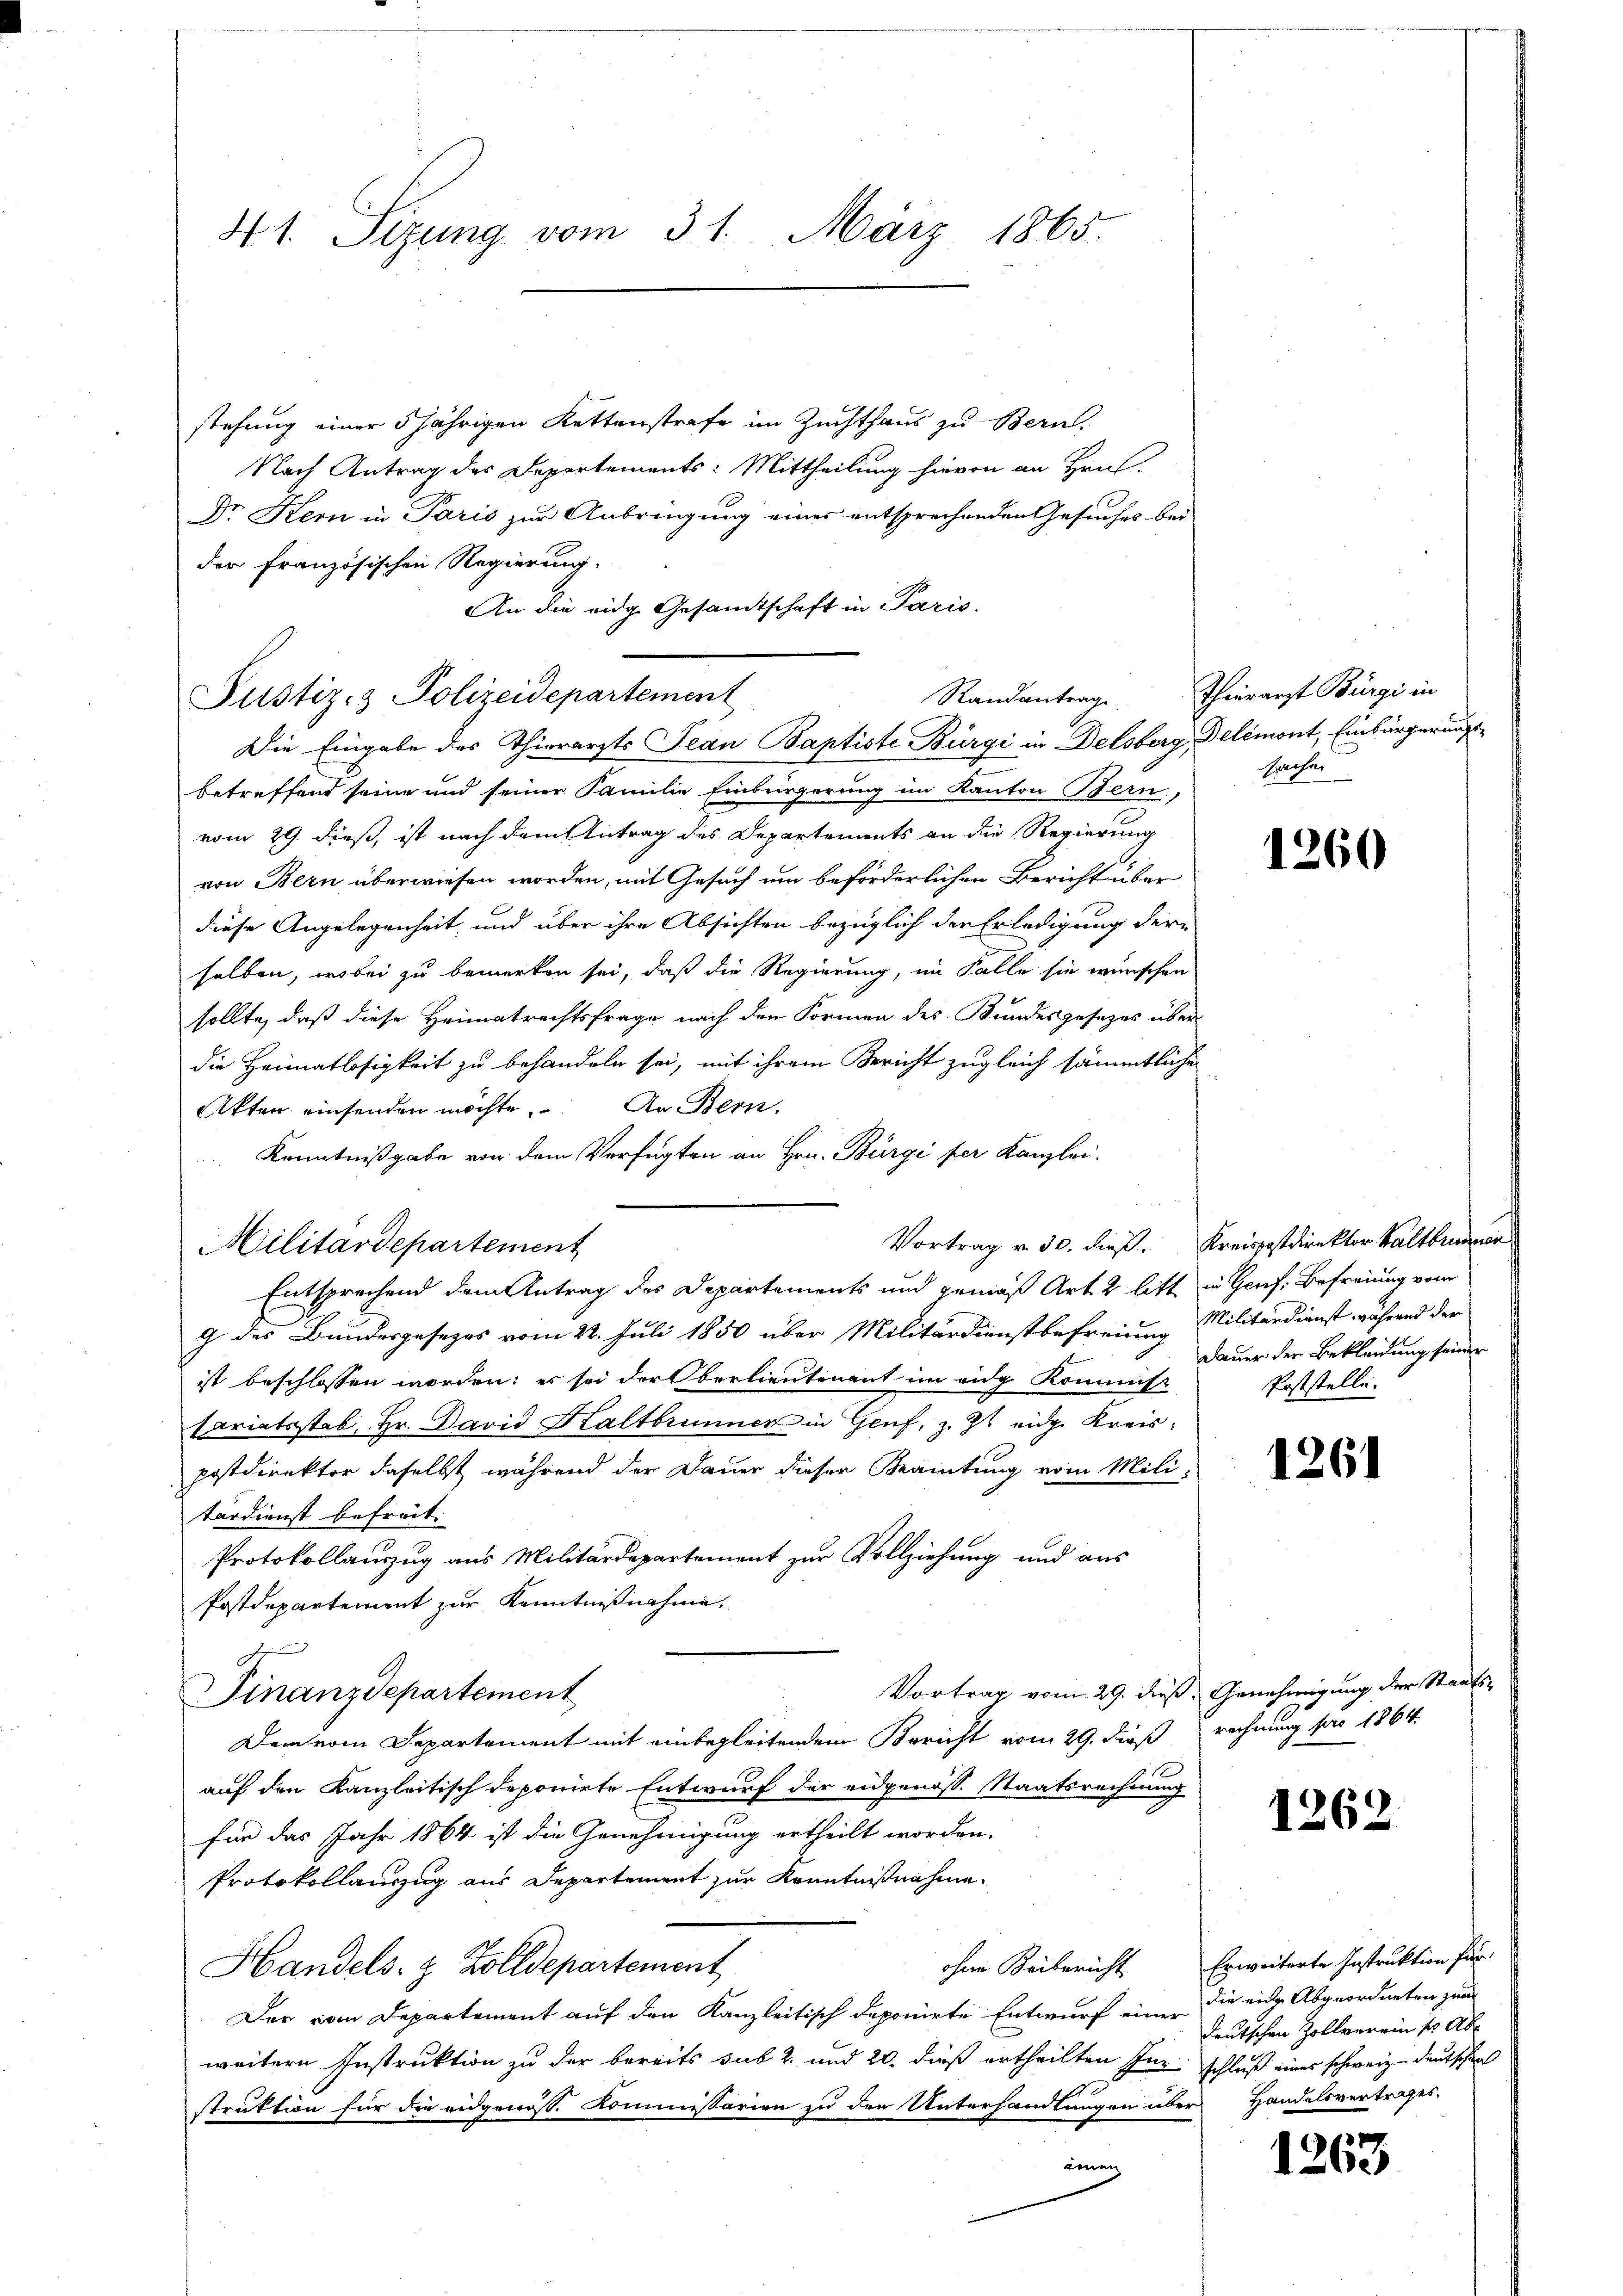
41. Sizung vom 31. März 1865.

stehung einer 5 jährigen Kettenstrafe im Zuchthaus zu Bern,
Nach Antrag des Departements: Mittheilung hievon an Hrn.
Dr Kern in Paris zur Anbringung eines entsprechenden Gesuches bei
der französischen Regierung.
An die eidge Gesandtschaft in Paris.

Justiz- & Polizeidepartement
Randantrag
Die Eingabe des Thierarzts Jean Baptiste Bürgi in Delsberg, Delémont, Einbürgerungs¬

Militärdepartement

betreffend seine und seiner Familie Einbürgerung im Kanton Bern,
vom 29. dieß, ist nach dem Antrag des Departements an die Regierung
von Bern überwiesen worden, mit Gesuch um beförderlichen Bericht über
diese Angelegenheit, und über ihre Absichten bezüglich der Erledigung dere
selben, wobei zu bemerken sei, daß die Regierung, im Falle sie wünschen
sollte, daß diese Heimatrechtsfrage nach den Formen des Bundesgesezes über
die Heimatlosigkeit zu behandeln sei, mit ihrem Bericht zugleich sämmtliche
Akten einsenden möchte. An Bern,
Kenntnißgabe von dem Verfügten an Hrn. Bürgi per Kanzlei.
Entsprechend dem Antrag des Departements und gemäß Art. 2 litt in Genf. Befreiung vom
g des Bundesgesezes vom 22. Juli 1850 über Militärdienstbefreiung Militärdienst während der
ist beschlossen worden; es sei der Oberlieutenant im eidg Kommiss
sariatsstab Hr. David Haltbrunnen in Genf, z. Zt. eidg. Kreispostdirektor daselbst während der Dauer dieser Beamtung vom Militärdienst befreit.
Protokollauszug aus Militärdepartement zur Vollziehung und aus
Postdepartement zur Kenntnißnahme.
Vortrag vom 29. dieß. Genehmigung der Staats¬
Finanzdepartement
Dem vom Departement mit einbegleitendem Bericht vom 29. dieß rechnung pro 1864.
auf den Kanzleitisch deponirte Entwurf der eidgenöss. Staatsrechnung
für das Jahr 1864 ist die Genehmigung ertheilt worden.
Protokollauszug aus Departement zur Kenntnißnahme
Handels- & Zolldepartement
Der vom Departement auf den Kanzleitisch deponirte Entwurf einer die eine Abgeordneten zur
weitern Instruktion zu der bereits sub 2. und 20. dieß ertheilten Inz schluß eines schweiz. Deutschen
do
struktion für die eidgenoss. Kommissarien zu den Unterhandlungen über
inung

Thierarzt Bürgi in
sachen

Vortrag v. 30. dieß. Kreispostdirektor Kaltbrunner

1260

Dauer der Bekleidung seiner
Poststelle.

1261

1262

ohne Beibericht Erweiterte Instruktion für
deutschen Zollverein s. Abe
Handelsvertrages.

1263